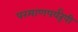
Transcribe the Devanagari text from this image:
परमाणपर्यंरूपी